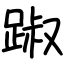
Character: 踧